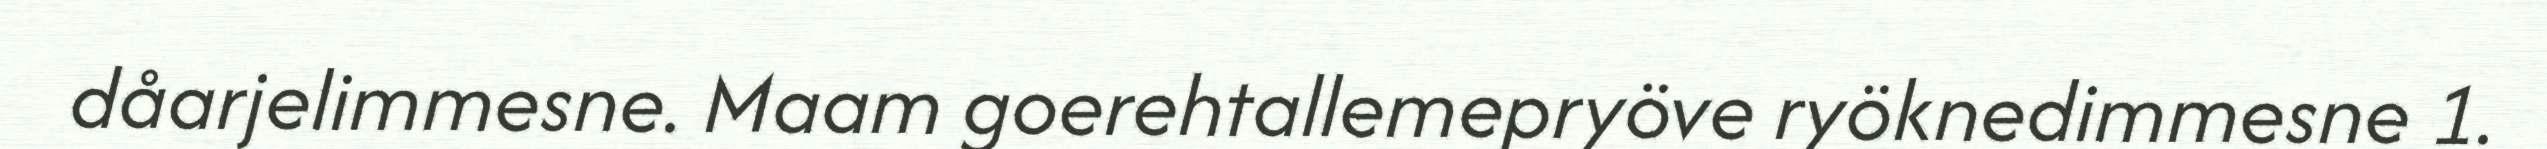
dåarjelimmesne. Maam goerehtallemepryöve ryöknedimmesne 1.